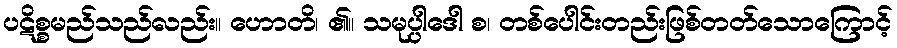
ပဋိစ္စမည်သည်လည်း။ ဟောတိ၊ ၏။ သမုပ္ပါဒေါ စ၊ တစ်ပေါင်းတည်းဖြစ်တတ်သောကြောင့်